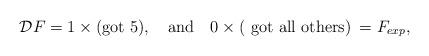
LaTeX: \begin{align*}{\cal D} F = 1\times \mbox{(got 5)}, \quad \mbox{and}\quad 0\times \mbox{( got all others)}\: = F_{exp}, \end{align*}